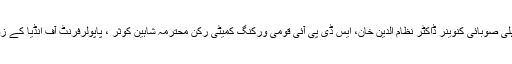
اس موقع پر ایس ڈی پی آئی قومی جنرل سکریٹری ڈاکٹر تسلیم احمد رحمانی،دہلی صوبائی کنوینر ڈاکٹر نظام الدین خان، ایس ڈی پی آئی قومی ورکنگ کمیٹی رکن محترمہ شاہین کوثر ، پاپولرفرنٹ آف انڈیا کے زونل سکریٹری انیس انصاری اور د ہلی پردیش صدر پرویز احمد،موجود رہے۔